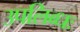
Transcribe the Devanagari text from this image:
उपलिब्धः